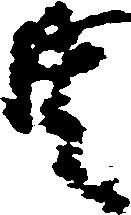
共